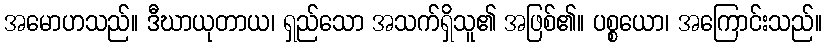
အမောဟသည်။ ဒီဃာယုတာယ၊ ရှည်သော အသက်ရှိသူ၏ အဖြစ်၏။ ပစ္စယော၊ အကြောင်းသည်။